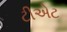
ટીએટ